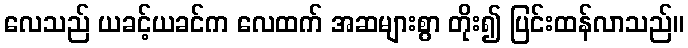
လေသည် ယခင့်ယခင်က လေထက် အဆများစွာ တိုး၍ ပြင်းထန်လာသည်။